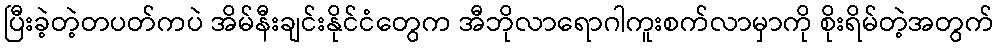
ပြီးခဲ့တဲ့တပတ်ကပဲ အိမ်နီးချင်းနိုင်ငံတွေက အီဘိုလာရောဂါကူးစက်လာမှာကို စိုးရိမ်တဲ့အတွက်